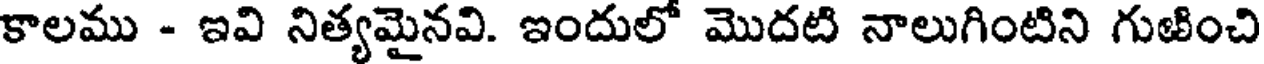
కాలము - ఇవి నిత్యమైనవి. ఇందులో మొదటి నాలుగింటిని గుఱించి